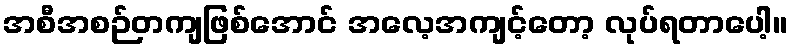
အစီအစဉ်တကျဖြစ်အောင် အလေ့အကျင့်တော့ လုပ်ရတာပေါ့။